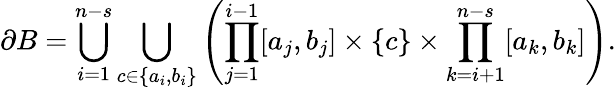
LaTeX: \partial B=\bigcup_{i=1}^{n-s}\bigcup_{c\in\{ a_{i},b_{i}\} }\left(\prod_{j=1}^{i-1}[a_{j},b_{j}]\times\{ c\} \times\prod_{k=i+1}^{n-s}[a_{k},b_{k}]\right).